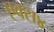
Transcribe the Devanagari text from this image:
एक्स४